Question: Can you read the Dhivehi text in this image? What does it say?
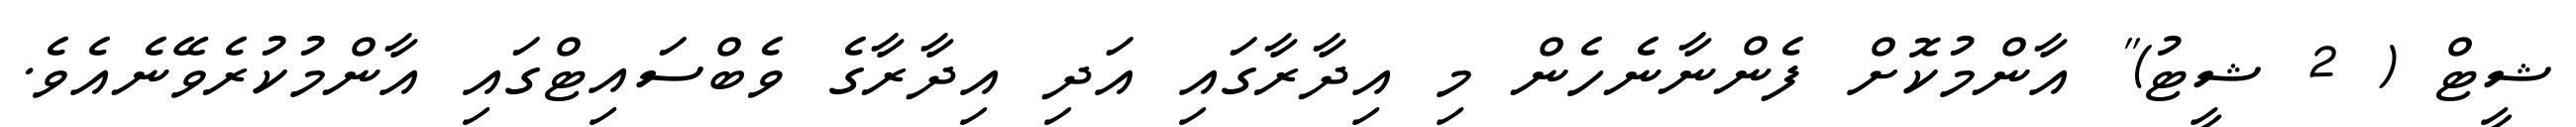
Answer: ޝީޓް ( 2 ޝީޓު)" އާންމުކޮށް ފެންނާނެހެން މި އިދާރާގައި އަދި އިދާރާގެ ވެބްސައިޓްގައި އާންމުކުރެވޭނެއެވެ.